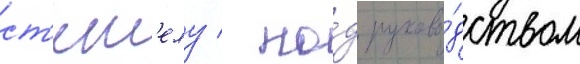
ст'енг'елу / по́д руково́дством